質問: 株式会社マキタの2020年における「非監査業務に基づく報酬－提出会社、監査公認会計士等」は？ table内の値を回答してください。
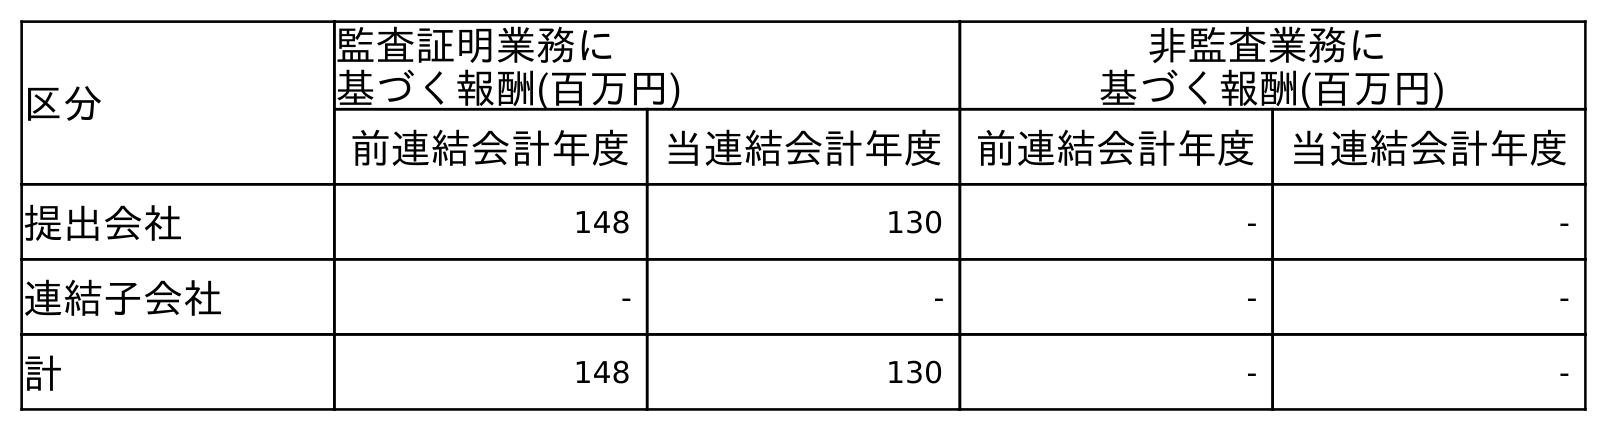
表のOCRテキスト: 区分 監査証明業務に 基づく報酬(百万円) 非監査業務に 基づく報酬(百万円) 前連結会計年度 当連結会計年度 前連結会計年度 当連結会計年度 提出会社 148 130 - - 連結子会社 - - - - 計 148 130 - -
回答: -